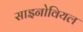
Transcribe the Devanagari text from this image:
साइनोवियल